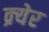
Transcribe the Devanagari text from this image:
क्र्येर